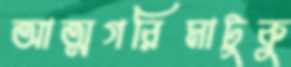
আত্মগরিমাটুকু